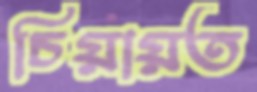
চিয়ায়ত